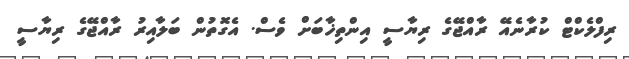
ރިފްލެކްޓް ކުރާނެއޭ ރާއްޖޭގެ ރިޔާސީ އިންތިޚާބަށް ވެސް. އެގޮތުން ބަލާއިރު ރާއްޖޭގެ ރިޔާސީ